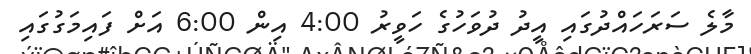
މާލެ ސަރަހައްދުގައި އީދު ދުވަހުގެ ހަވީރު 4:00 އިން 6:00 އަށް ފައިމަގުގައި